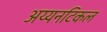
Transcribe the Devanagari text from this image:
अय्यनटिकल